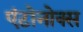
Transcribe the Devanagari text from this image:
एंटोनोक्स